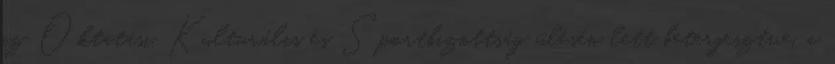
az Oktatási, Kulturális és Sportbizottság ülésén lett beterjesztve, a